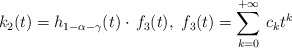
\begin{align*}k_2(t) = h_{1-\alpha-\gamma}(t) \cdot \, f_3(t),\ f_3(t)=\sum_{k=0}^{+\infty}\, c_k t^k \end{align*}